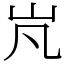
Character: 㞩